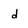
Character: d